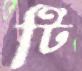
টি